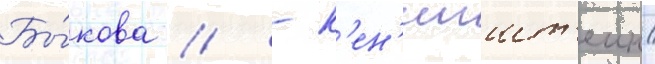
Бы́кова // - к'ен'игшт'еин/